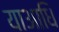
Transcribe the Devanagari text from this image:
याआधि